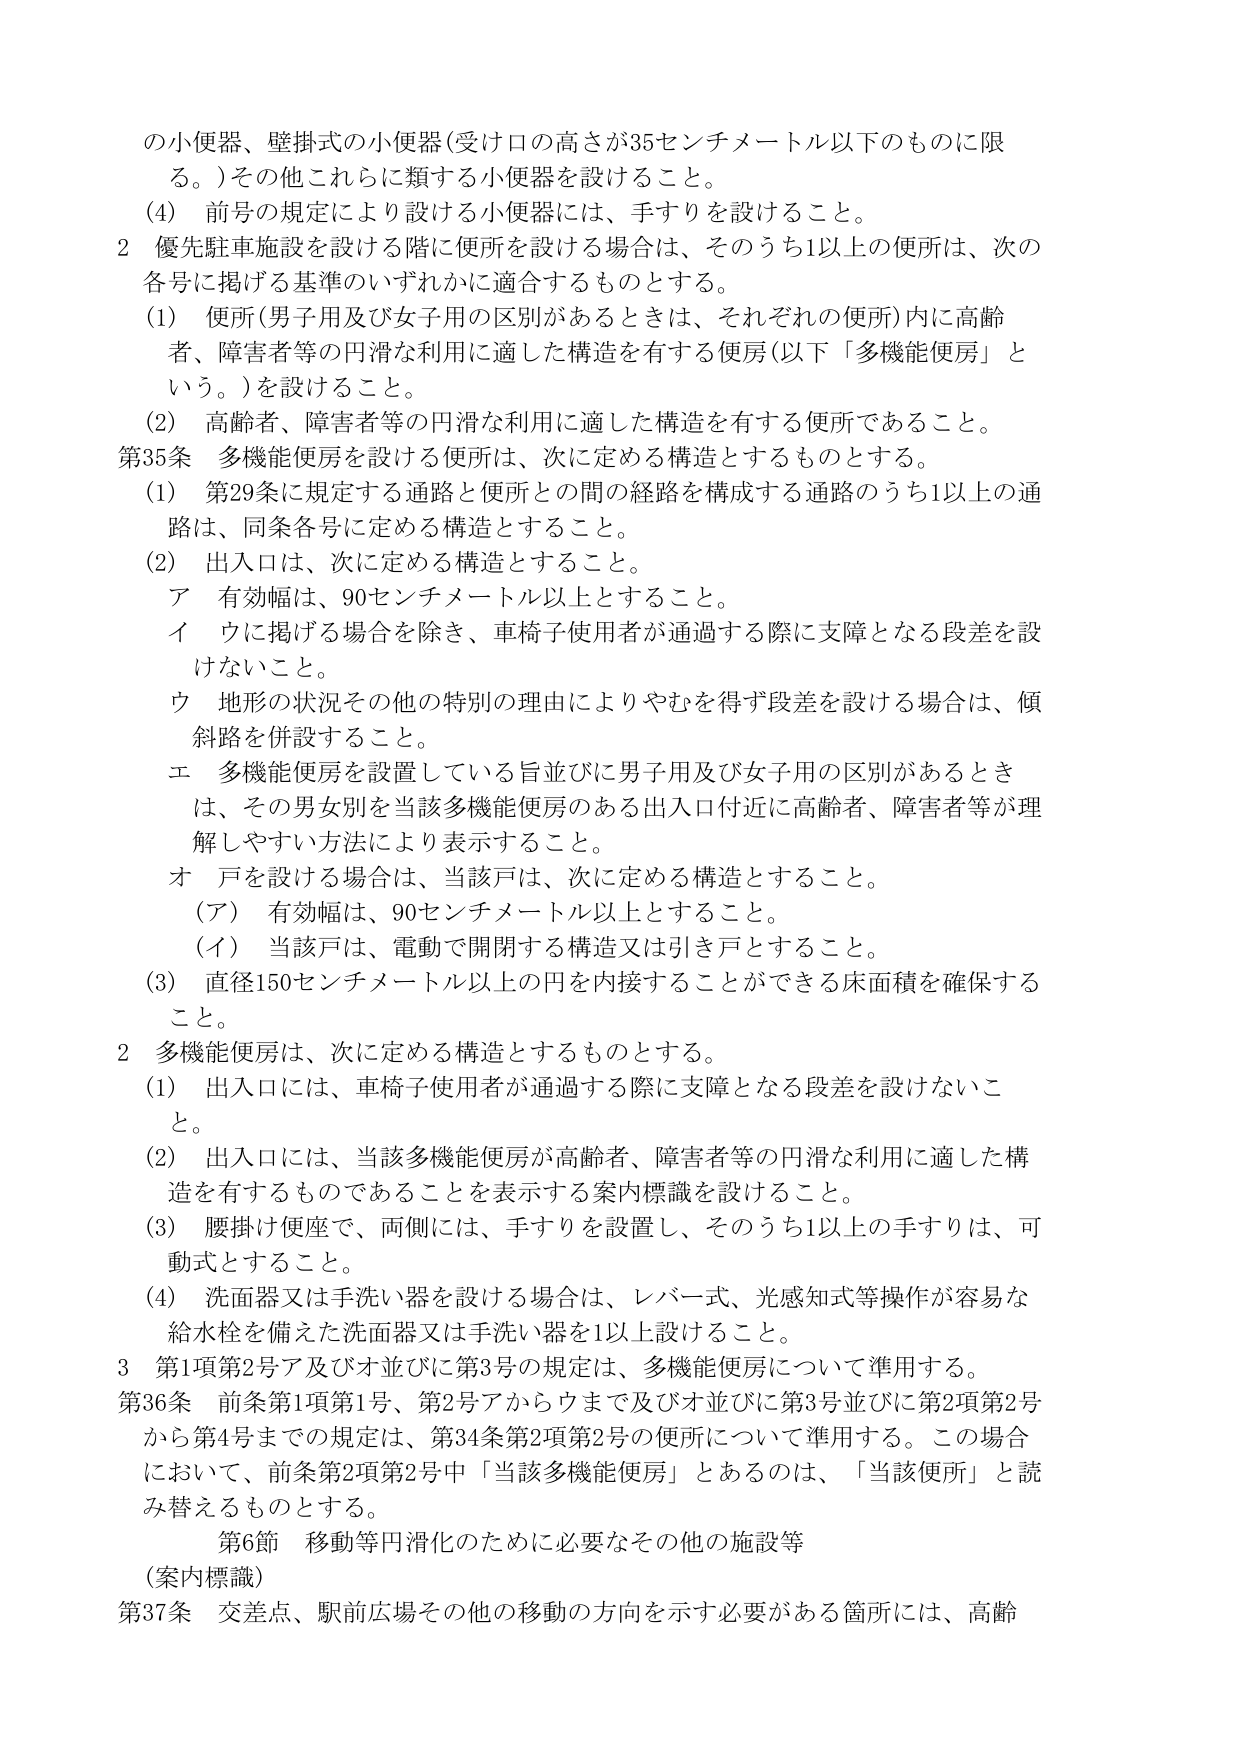
の小便器、壁掛式の小便器（受け口の高さが35センチメートル以下のものに限る。）その他これらに類する小便器を設けること。

（4） 前号の規定により設ける小便器には、手すりを設けること。

2 優先駐車施設を設ける階に便所を設ける場合は、そのうち1以上の便所は、次の各号に掲げる基準のいずれかに適合するものとする。

（1） 便所（男子用及び女子用の区別があるときは、それぞれの便所）内に高齢者、障害者等の円滑な利用に適した構造を有する便房（以下「多機能便房」という。）を設けること。

（2） 高齢者、障害者等の円滑な利用に適した構造を有する便所であること。

第35条 多機能便房を設ける便所は、次に定める構造とするものとする。

（1） 第29条に規定する通路と便所との間の経路を構成する通路のうち1以上の通路は、同条各号に定める構造とすること。

（2） 出入口は、次に定める構造とすること。

ア 有効幅は、90センチメートル以上とすること。

イ ウに掲げる場合を除き、車椅子使用者が通過する際に支障となる段差を設けないこと。

ウ 地形の状況その他の特別の理由によりやむを得ず段差を設ける場合は、傾斜路を併設すること。

エ 多機能便房を設置している旨並びに男子用及び女子用の区別があるときは、その男女別を当該多機能便房のある出入口付近に高齢者、障害者等が理解しやすい方法により表示すること。

オ 戸を設ける場合は、当該戸は、次に定める構造とすること。

（ア） 有効幅は、90センチメートル以上とすること。

（イ） 当該戸は、電動で開閉する構造又は引き戸とすること。

（3） 直径150センチメートル以上の円を内接することができる床面積を確保すること。

2 多機能便房は、次に定める構造とするものとする。

（1） 出入口には、車椅子使用者が通過する際に支障となる段差を設けないこと。

（2） 出入口には、当該多機能便房が高齢者、障害者等の円滑な利用に適した構造を有するものであることを表示する案内標識を設けること。

（3） 腰掛け便座で、両側には、手すりを設置し、そのうち1以上の手すりは、可動式とすること。

（4） 洗面器又は手洗い器を設ける場合は、レバー式、光感知式等操作が容易な給水栓を備えた洗面器又は手洗い器を1以上設けること。

3 第1項第2号ア及びオ並びに第3号の規定は、多機能便房について準用する。

第36条 前条第1項第1号、第2号アからウまで及びオ並びに第3号並びに第2項第2号から第4号までの規定は、第34条第2項第2号の便所について準用する。この場合において、前条第2項第2号中「当該多機能便房」とあるのは、「当該便所」と読み替えるものとする。

第6節 移動等円滑化のために必要なその他の施設等

（案内標識）

第37条 交差点、駅前広場その他の移動の方向を示す必要がある箇所には、高齢